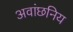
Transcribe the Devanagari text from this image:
अवांछनिय